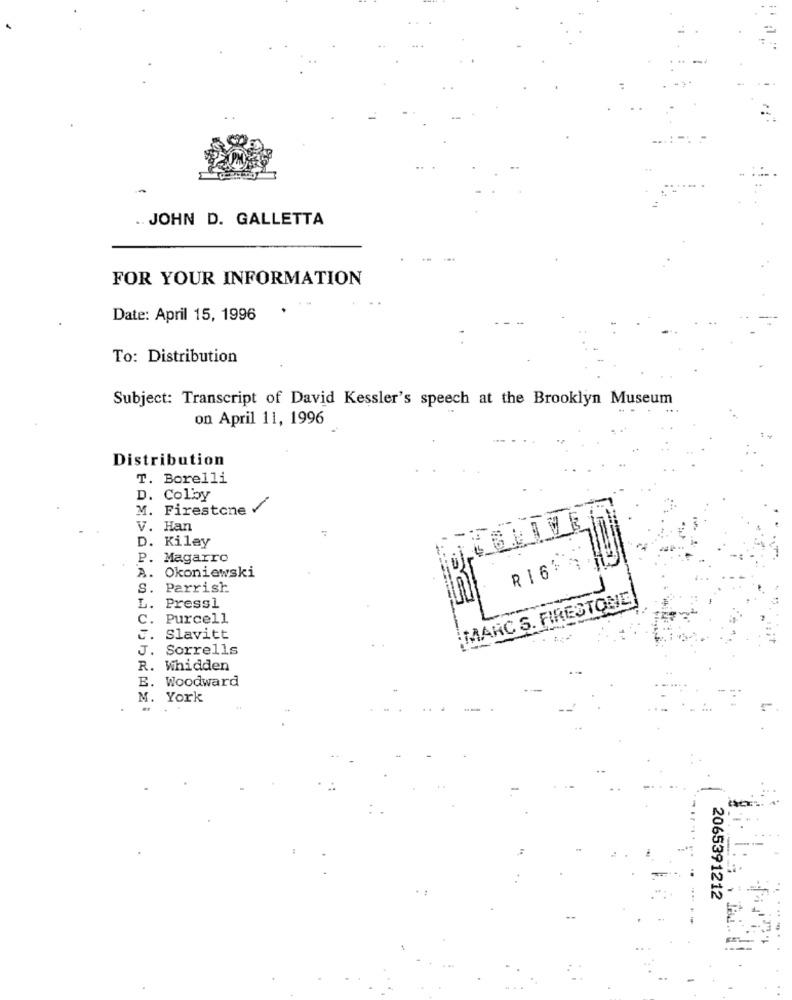
.. JOHN D. GALLETTA
FOR YOUR INFORMATION
Date: April 15, 1996
To: Distribution
Subject: Transcript of David Kessler's speech at the Brooklyn Museum
on April 11, 1996
Distribution
T. Borelli
D. Colby
M. Firestone
V. Han
D.
Kiley
P. Magarro
RI 634
A.
Okoniewski
S.
Parrish
: MARC S. FIRESTONE
L.
Press1
C.
Purcell
Slavitt
J. Sorrells
R. Whidden
E. Woodward
M. York
2065391212